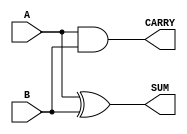
module HalfAdder #(parameter WIDTH = 1) (
    input  wire [WIDTH-1:0] A,   // Input A
    input  wire [WIDTH-1:0] B,   // Input B
    output wire [WIDTH-1:0] SUM,  // Sum output
    output wire [WIDTH-1:0] CARRY // Carry output
);

// Combinational logic for SUM and CARRY
assign SUM = A ^ B;     // SUM is the XOR of A and B
assign CARRY = A & B;   // CARRY is the AND of A and B

endmodule